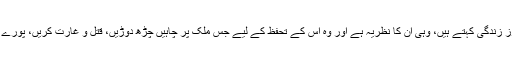
مغربی ممالک جس چڑیا کو اپنا لائف اسٹائل اور طرزِ زندگی کہتے ہیں، وہی ان کا نظریہ ہے اور وہ اس کے تحفظ کے لیے جس ملک پر چاہیں چڑھ دوڑیں، قتل و غارت کریں، پورے پورے شہر کھنڈر بنادیں، اسے جائز قرار دیتے ہیں۔